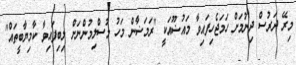
މިރޭ ދަރުސް ދިނުމަށް ހަމަޖެހިފައިވާ މައުޟޫއަކީ "ރަމަޟާން މަހު މުސްލިމުންނަށް ލިބިފައިވާ ކާމިޔާބީތައް"